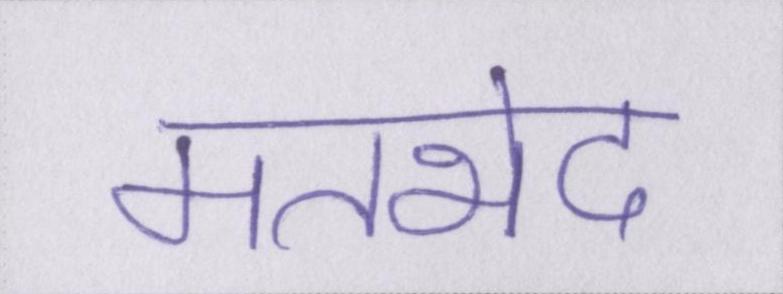
मतभेद